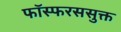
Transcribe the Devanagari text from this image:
फॉस्फरससुक्त